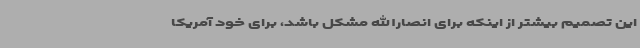
این تصمیم بیشتر از اینکه برای انصارالله مشکل باشد، برای خود آمریکا